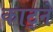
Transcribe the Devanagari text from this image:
काट्ने